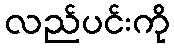
လည်ပင်းကို